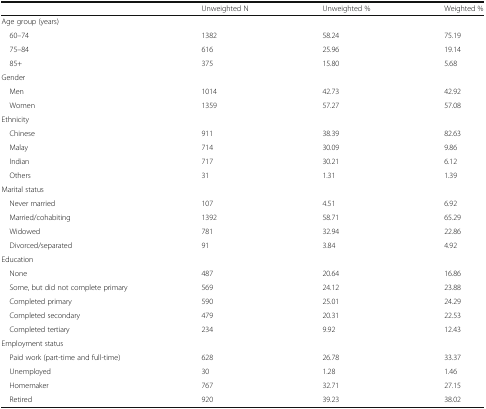
<table><thead><tr><td></td><td><b>Unweighted N</b></td><td><b>Unweighted %</b></td><td><b>Weighted %</b></td></tr></thead><tbody><tr><td colspan="4">Age group (years)</td></tr><tr><td> 60–74</td><td>1382</td><td>58.24</td><td>75.19</td></tr><tr><td> 75–84</td><td>616</td><td>25.96</td><td>19.14</td></tr><tr><td> 85+</td><td>375</td><td>15.80</td><td>5.68</td></tr><tr><td colspan="4">Gender</td></tr><tr><td> Men</td><td>1014</td><td>42.73</td><td>42.92</td></tr><tr><td> Women</td><td>1359</td><td>57.27</td><td>57.08</td></tr><tr><td colspan="4">Ethnicity</td></tr><tr><td> Chinese</td><td>911</td><td>38.39</td><td>82.63</td></tr><tr><td> Malay</td><td>714</td><td>30.09</td><td>9.86</td></tr><tr><td> Indian</td><td>717</td><td>30.21</td><td>6.12</td></tr><tr><td> Others</td><td>31</td><td>1.31</td><td>1.39</td></tr><tr><td colspan="4">Marital status</td></tr><tr><td> Never married</td><td>107</td><td>4.51</td><td>6.92</td></tr><tr><td> Married/cohabiting</td><td>1392</td><td>58.71</td><td>65.29</td></tr><tr><td> Widowed</td><td>781</td><td>32.94</td><td>22.86</td></tr><tr><td> Divorced/separated</td><td>91</td><td>3.84</td><td>4.92</td></tr><tr><td colspan="4">Education</td></tr><tr><td> None</td><td>487</td><td>20.64</td><td>16.86</td></tr><tr><td> Some, but did not complete primary</td><td>569</td><td>24.12</td><td>23.88</td></tr><tr><td> Completed primary</td><td>590</td><td>25.01</td><td>24.29</td></tr><tr><td> Completed secondary</td><td>479</td><td>20.31</td><td>22.53</td></tr><tr><td> Completed tertiary</td><td>234</td><td>9.92</td><td>12.43</td></tr><tr><td colspan="4">Employment status</td></tr><tr><td> Paid work (part-time and full-time)</td><td>628</td><td>26.78</td><td>33.37</td></tr><tr><td> Unemployed</td><td>30</td><td>1.28</td><td>1.46</td></tr><tr><td> Homemaker</td><td>767</td><td>32.71</td><td>27.15</td></tr><tr><td> Retired</td><td>920</td><td>39.23</td><td>38.02</td></tr></tbody></table>